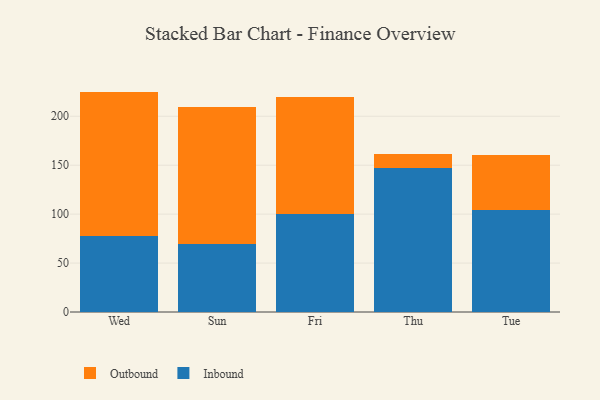
{"axis": {"x": "Day", "y": "Page Views"}, "legend": ["Inbound", "Outbound"], "data": [{"x": "Wed", "y": 77.5, "type": "Inbound"}, {"x": "Wed", "y": 147.7, "type": "Outbound"}, {"x": "Sun", "y": 69.5, "type": "Inbound"}, {"x": "Sun", "y": 139.9, "type": "Outbound"}, {"x": "Fri", "y": 100.5, "type": "Inbound"}, {"x": "Fri", "y": 119.1, "type": "Outbound"}, {"x": "Thu", "y": 147.4, "type": "Inbound"}, {"x": "Thu", "y": 13.8, "type": "Outbound"}, {"x": "Tue", "y": 104.0, "type": "Inbound"}, {"x": "Tue", "y": 56.1, "type": "Outbound"}]}